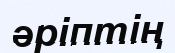
әріптің